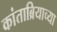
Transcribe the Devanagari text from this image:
कांताब्रियाच्या